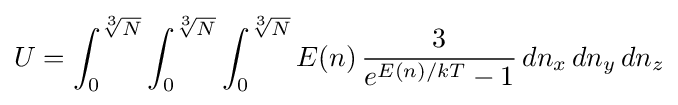
U=\int _{0}^{\sqrt[{3}]{N}}\int _{0}^{\sqrt[{3}]{N}}\int _{0}^{\sqrt[{3}]{N}}E(n)\,{3 \over e^{E(n)/kT}-1}\,dn_{x}\,dn_{y}\,dn_{z}